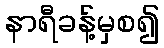
နာရီခန့်မှစ၍